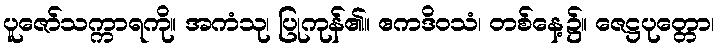
ပူဇော်သက္ကာရကို။ အကံသု၊ ပြုကုန်၏။ ဧကဒိဝသံ၊ တစ်နေ့၌။ ဇေဋ္ဌပုတ္တော၊